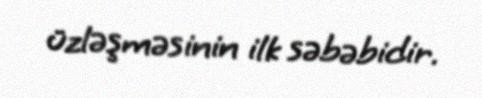
üzləşməsinin ilk səbəbidir.